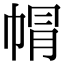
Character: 㡌